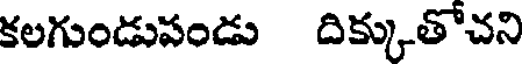
కలగుండుపండు దిక్కుతోచని